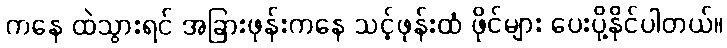
ကနေ ထဲသွားရင် အခြားဖုန်းကနေ သင့်ဖုန်းထံ ဖိုင်များ ပေးပို့နိုင်ပါတယ်။